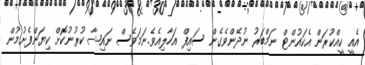
އެއީ ކީއްކުރަން އެކައުންޓް ނަމްބަރު ނުދޭންވެގެން ސައިފް އަހާލިއެވެ.ނަމަވެސް ނައިޝާ ކުރުނުކޮށް ކިޔަންފެށުމުން